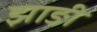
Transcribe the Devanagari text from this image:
झाङी